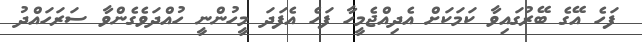
ފަހެ އޭގެ ބޭރުގައިވާ ކަމަކަށް އެދިއްޖެމީހާ ފަހެ އެފަދަ މީހުންނީ ހުއްދަވެގެންވާ ސަރަހައްދު